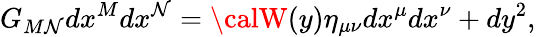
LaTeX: G_{M\mathcal{N}}dx^{M}dx^{\mathcal{N}}={\calW}(y)\eta_{\mu\nu}dx^{\mu}dx^{\nu}+dy^{2},